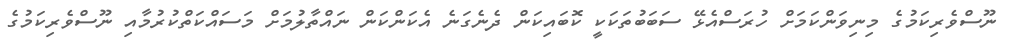
ނޫސްވެރިކަމުގެ މިނިވަންކަމަށް ހުރަސްއެޅޭ ސަބަބުތަކަކީ ކޮބައިކަން ދެނެގަނެ އެކަންކަން ނައްތާލުމަށް މަސައްކަތްކުރުމާއި ނޫސްވެރިކަމުގެ